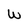
Character: W